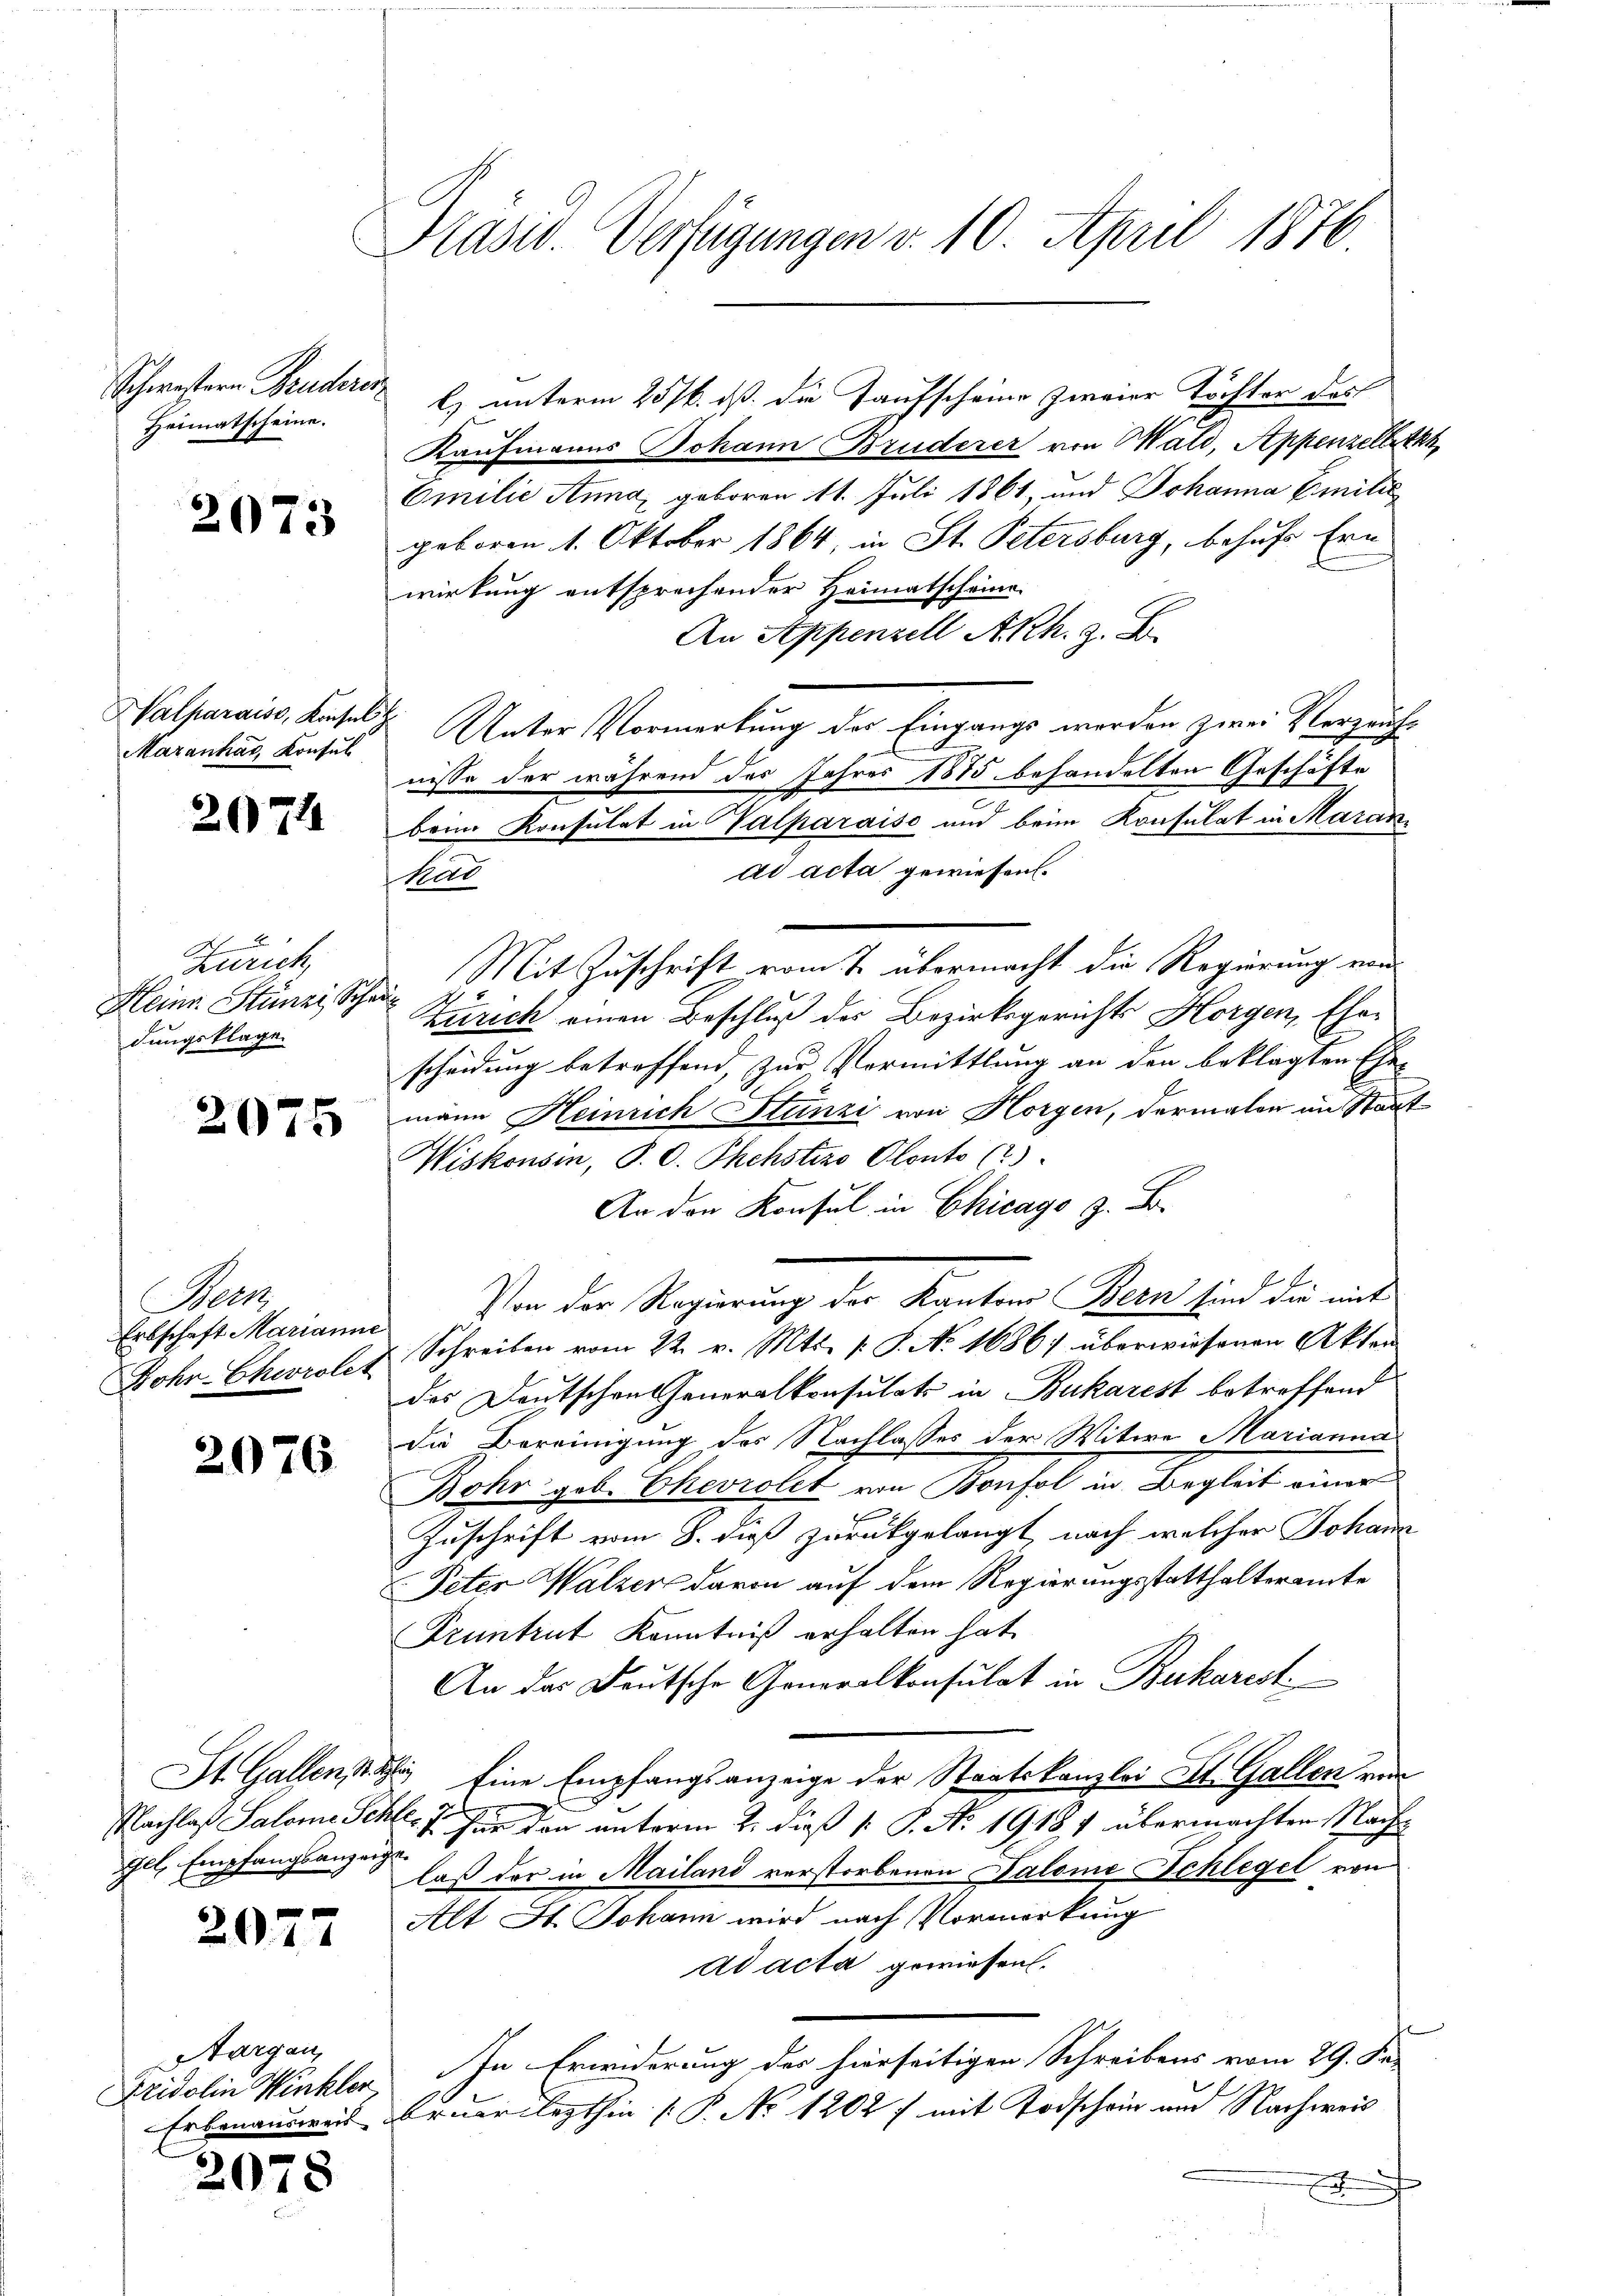
Schwestern Bruderenz
Heimatscheine.

2073

Maranhat, Konsul

2074

A
Zürich,
Heinr. Stünzi, Schau
dungsklage.

ets
Erbschaft Marianne

Ill. Empfangsanzeige

207

2075

2076.

2077

Aargau,
Fridolin Winkler,

Präsid. Verfügungen v. 10. April 1876.

l) unterm 25. ds. die Taufscheine zweier Töchter das
Kaufmanns Johann Bruderer von Wald, Appenzelletzt
Emilie Anna, geboren 11. Juli 1861, und Johanna Emilie
geboren 1. Oktober 1864, in St. Petersburg, behufs Ern
wirkung entsprechender Heimatscheine
An Appenzell A.Rh. z. B.
Walparaiss, Konsen & Unter Vormerkung des Eingangs werden zwei Verzeufnisse der während des Jahres 1875 behandelten Geschäfte
beim Konsulat in Valparaiso und beim Konsulat in Aarauad acta gewiesen.
Kat
Mit Zuschrift vom 7. übermacht die Regierung von
I
Zürich einen Beschluß des Bezirksgerichts Horgen, Ehescheidung betreffend, zur Vermittlung an den beklagten Ehemann Heinrich Stünzi von Horgen, dermalen im Staat
Wiskonsin, P. O. Phchsters Ponto (2)
An den Konsul in Chicago z. B.
Von der Regierung der Kantons Bern sind die mit
Bohr-Cheviolet Schreiben vom 22. v. Mts. s. S. No. 1686; überwiesenen Akten
das Deutschen Generalkonsulats in Bukarest betreffend
die Bereinigung des Nachlasses der Witwe Marianna
Bohr geb. Ehevrolet von Bonfol in Begleit einer
Zuschrift vom 8. dieß zurückgelangt nach welcher Johann
Peter Walzer davon auf dem Regierungsstatthalteramte
Fruntrut Kenntniß erhalten hat.
An das Deutsche Generalkonsulat in Bukarest
St. Gallen Eine Empfangsanzeige der Staatskanzlei St. Gallen von
Nachlaß Salome Schle. Fr. für den unterm 2. dieß 1 S. No. 1918 1 übermachten Nachlaß der in Mailand verstorbenen Salome Schlegel von
Alt St. Johann wird nach Vormerkung
ad acta gewiesen.
In Erwiderung des hierseitigen Schreibens vom 29. Fa-
Erbenausreis bruar lezthin (P No 1202 f mit Todschein und Nachweis
.